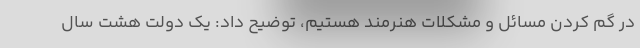
در گم کردن مسائل و مشکلات هنرمند هستیم، توضیح داد: یک دولت هشت سال